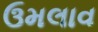
ઉમલાવ